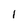
Character: 1